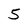
Character: 5